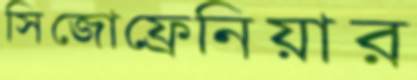
সিজোফ্রেনিয়ার